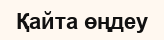
Қайта өңдеу